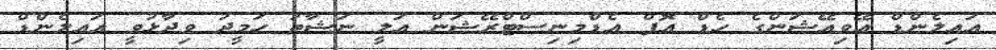
އައިލެންޑް އޭވިއޭޝަންގެ ހެޑް އޮފް އެޑްމިނިސްޓްރޭޝަން އަލީ ނަޝާތު ހަމީދު ވިދާޅުވީ އައިލެންޑް